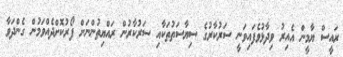
ރައީސް ޔާމީން އެއިރު ވިދާޅުވެފައިވަނީ ސަރުކާރުގެ ސިޔާސަތުތަކާއި ސަރުކާރުން ރައްޔިތުންނަށް ފޯރުކޮށްދެއްވަމުން ގެންދަވާ